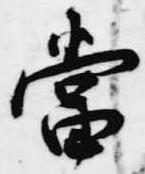
当